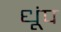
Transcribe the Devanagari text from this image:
धूंप